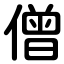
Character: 僧